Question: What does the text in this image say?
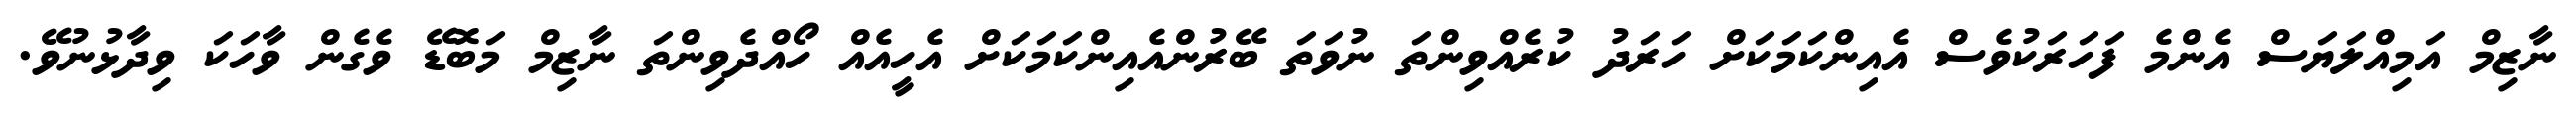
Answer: ނާޒިމް އަމިއްލަޔަސް އެންމެ ފަހަރަކުވެސް އެއިންކަމަކަށް ހަރަދު ކުރެއްވިންތަ ނުވަތަ ބޭރުންއެއިންކަމަކަށް އެހީއެއް ހޯއްދެވިންތަ ނާޒިމް މަބޮޑޭ ވެގެން ވާހަކަ ވިދާޅުނުވޭ.